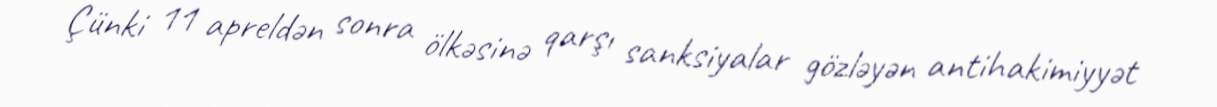
Çünki 11 apreldən sonra ölkəsinə qarşı sanksiyalar gözləyən antihakimiyyət